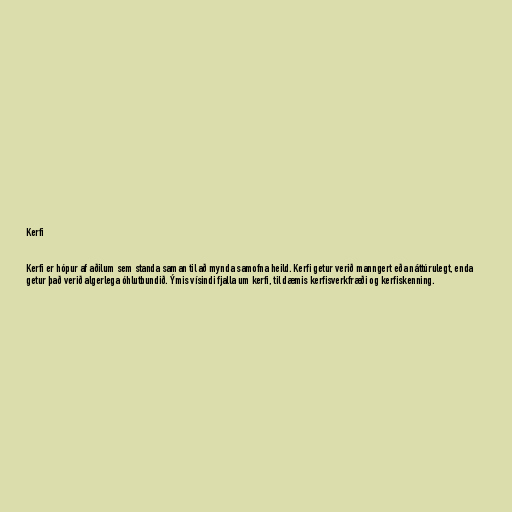
Kerfi

Kerfi er hópur af aðilum sem standa saman til að mynda samofna heild. Kerfi getur verið manngert eða náttúrulegt, enda
getur það verið algerlega óhlutbundið. Ýmis vísindi fjalla um kerfi, til dæmis kerfisverkfræði og kerfiskenning.